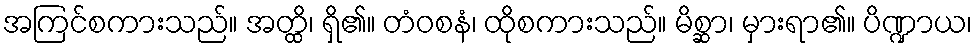
အကြင်စကားသည်။ အတ္ထိ၊ ရှိ၏။ တံဝစနံ၊ ထိုစကားသည်။ မိစ္ဆာ၊ မှားရာ၏။ ပိဏ္ဍာယ၊